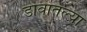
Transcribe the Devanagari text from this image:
डावातल्या